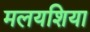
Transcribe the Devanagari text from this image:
मलयशिया